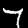
Label: 7